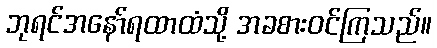
ဘုရင်အနော်ရထာထံသို့ အခစားဝင်ကြသည်။